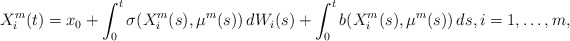
\begin{align*}X^m_i(t) = x_0 + \int_0^t \sigma(X^m_i(s), \mu^m(s)) \, dW_i(s) + \int_0^t b(X^m_i(s), \mu^m(s)) \, ds, i = 1, \dotsc, m,\end{align*}